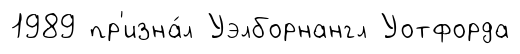
1989 пр'изна́л Уэлборнангл Уотфорда